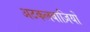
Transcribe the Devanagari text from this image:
अटकलबाज़ियों